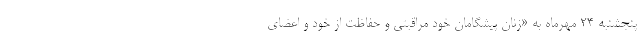
پنجشنبه ۲۴ مهرماه به «زنان پیشگامان خود مراقبتی و حفاظت از خود و اعضای